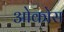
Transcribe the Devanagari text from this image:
ओकोस